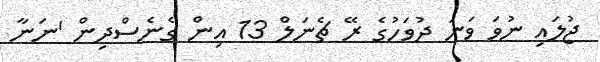
ޖުލައި ނުވަ ވަނަ ދުވަހުގެ ރޭ ޗެނަލް 13 އިން ގެނެސްދިން 'ނަނާ